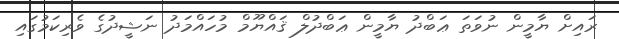
ރައިށް ޔާމީން ނުވަތަ ޢަބްދު ޔާމީން ޢަބްދުލް ޤައްޔޫމް މުހައްމަދު ނަޝީދުގެ ވެރިކަމުގައި